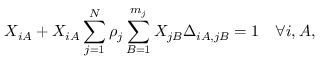
X _ { i A } + X _ { i A } \sum _ { j = 1 } ^ { N } \rho _ { j } \sum _ { B = 1 } ^ { m _ { j } } X _ { j B } \Delta _ { i A , j B } = 1 \quad \forall i , A ,